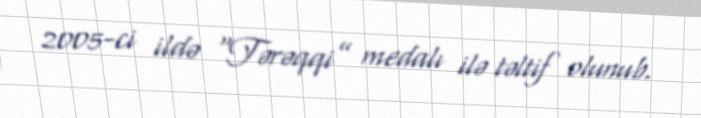
2005-ci ildə “Tərəqqi” medalı ilə təltif olunub.